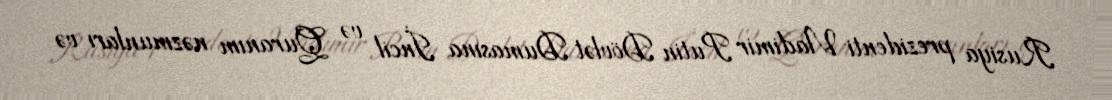
Rusiya prezidenti Vladimir Putin Dövlət Dumasına İncil və Quranım nəzmunları və